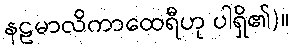
နဠမာလိကာထေရီဟု ပါရှိ၏)။